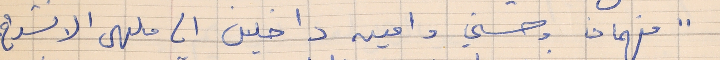
" فهمان وحسني وامين داخلين الى ملهى الانشراح